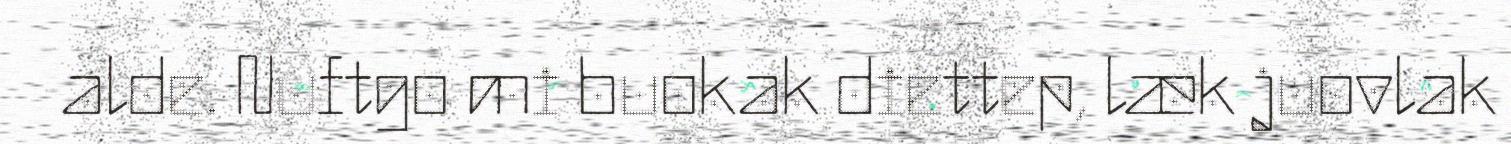
alde. Nuftgo mi buokak diettep, læk juovlak